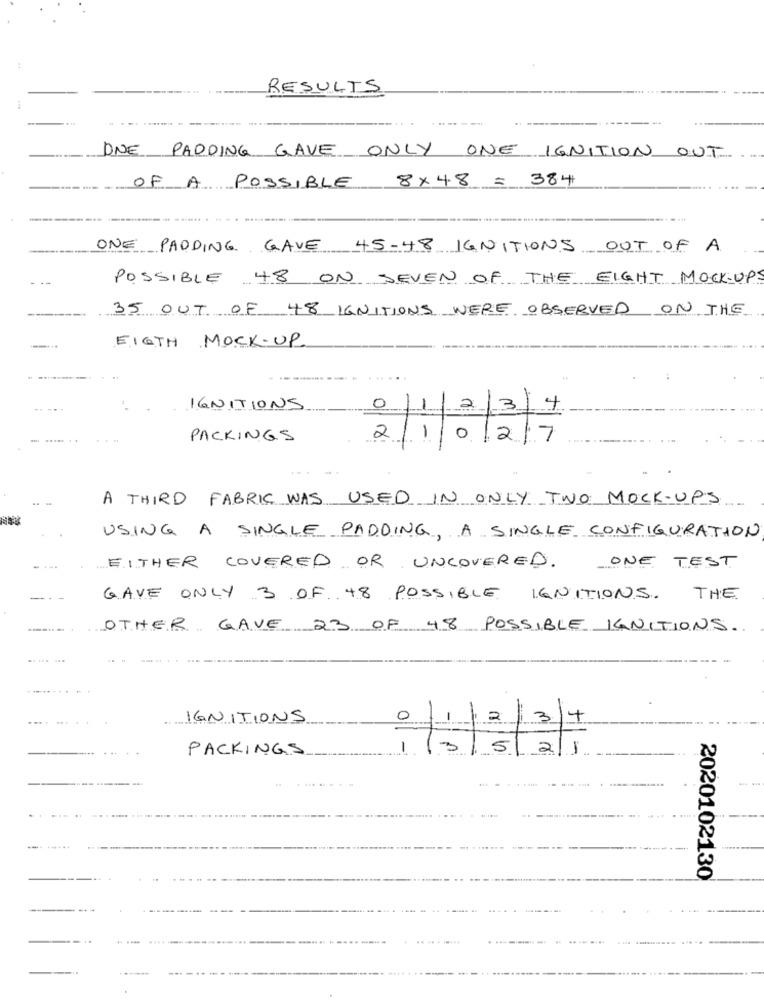
.. ..
RESULTS
ONE PADDING GAVE ONLY ONE IGNITION OUT
OF A POSSIBLE 8×48 = 384
ONE PADDING GAVE 45-48 IGNITIONS OUT OF A
POSSIBLE 48 ON JEVEN OF THE EIGHT MOCKUPS
35 OUT OF 48 IGNITIONS WERE OBSERVED ON THE
EIGTH MOCK-UP
.. ..
IGNITIONS
0
13
. .....
PACKINGS
2
A THIRD FABRIC WAS USED IN ONLY TWO MOCK-UPS
USING A SINGLE PADDING, A SINGLE CONFIGURATION
EITHER COVERED OR UNCOVERED.
ONE TEST
GAVE ONLY 3 OF 48 POSSIBLE IGNITIONS.
THE
OTHER GAVE 23 OF 48 POSSIBLE IGNITIONS.
...
IGNITIONS
-
oil
til
PACKINGS
-
-
2020102130